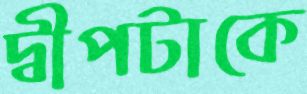
দ্বীপটাকে